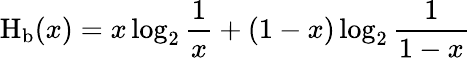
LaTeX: \operatorname{H}_{\mathrm{b}}(x)=x\log_{2}{\frac{1}{x}}+(1-x)\log_{2}{\frac{1}{1-x}}